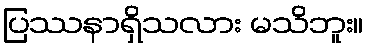
ပြဿနာရှိသလား မသိဘူး။